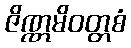
ဇိဏ္ဏမိဝတ္တစံ